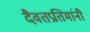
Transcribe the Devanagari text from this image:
दैवतप्रतिमांनी